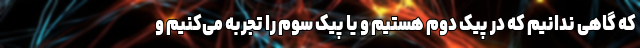
که گاهی ندانیم که در پیک دوم هستیم و یا پیک سوم را تجربه می‌کنیم و